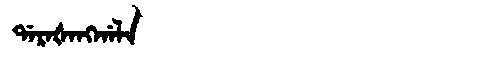
Manchu: ᡩᠠᡵᠠᡧᠠᠩᡤᠠᠯᠠ
Romanization: DARAŠANGGALA